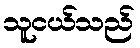
သူငယ်သည်